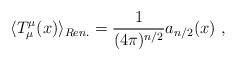
LaTeX: \begin{align*}\langle T^\mu_\mu(x)\rangle_{Ren.}=\frac1{(4\pi)^{n/2}}a_{n/2}(x) \ ,\end{align*}